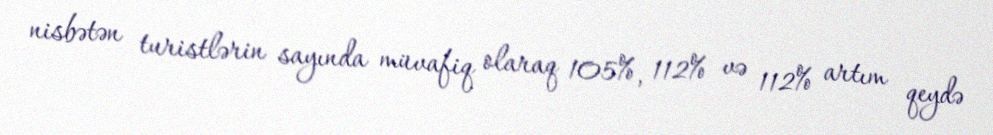
nisbətən turistlərin sayında müvafiq olaraq 105%, 112% və 112% artım qeydə